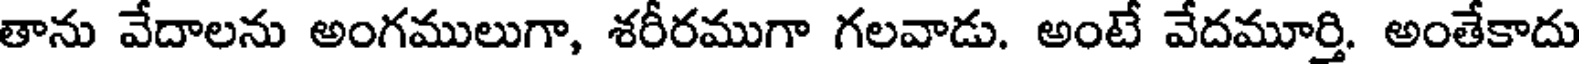
తాను వేదాలను అంగములుగా, శరీరముగా గలవాడు. అంటే వేదమూర్తి. అంతేకాదు